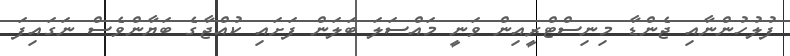
ފުލުހުންނާއި ޖެންޑާ މިނިސްޓްރީއިން ވަނީ މައްސަލަ ބަލަން ފަށައި ކުއްޖާގެ ބަޔާންވެސް ނަގައިފަ